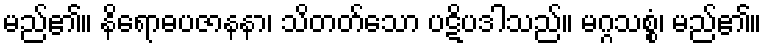
မည်၏။ နိရောဓပဇာနနာ၊ သိတတ်သော ပဋိပဒါသည်။ မဂ္ဂသစ္စံ၊ မည်၏။